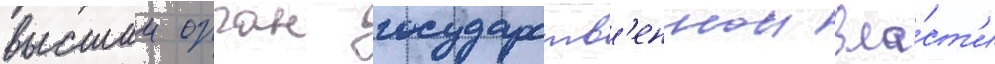
высшии орган государств'еннои вла́ст'и